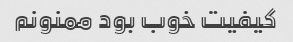
کیفیت خوب بود ممنونم